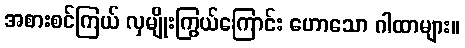
အစားစင်ကြယ် လှမျိုးကြွယ်ကြောင်း ဟောသော ဂါထာများ။